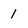
Character: 1